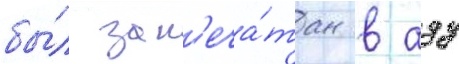
бы́л зап'еча́тан в аду